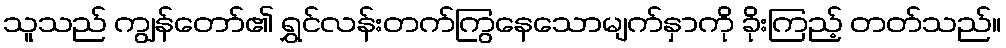
သူသည် ကျွန်တော်၏ ရွှင်လန်းတက်ကြွနေသောမျက်နှာကို ခိုးကြည့် တတ်သည်။